Civil Veterinary Department. United Provinces 1912-22 - 1912-1922
Year: 1912
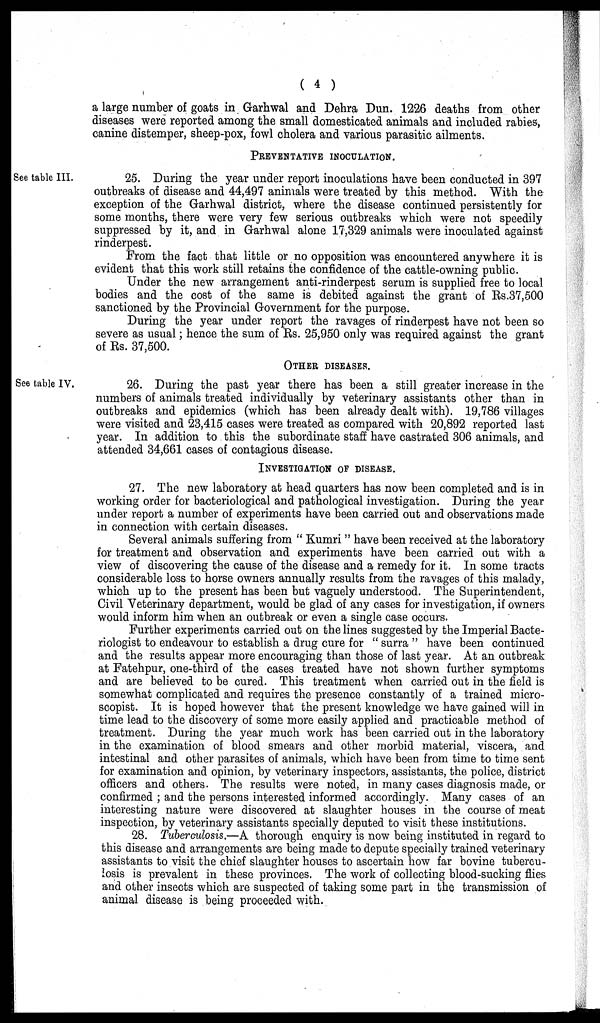
(4)
a large number of goats in Garhwal and Dehra Dun. 1226 deaths from other
diseases were reported among the small domesticated animals and included rabies,
canine distemper, sheep-pox, fowl cholera and various parasitic ailments.
PREVENTATIVE INOCULATION.
See table III.
25. During the year under report inoculations have been conducted in 397
outbreaks of disease and 44,497 animals were treated by this method. With the
exception of the Garhwal district, where the disease continued persistently for
some months, there were very few serious outbreaks which were not speedily
suppressed by it, and in Garhwal alone 17,329 animals were inoculated against
rinderpest.
From the fact that little or no opposition was encountered anywhere it is
evident that this work still retains the confidence of the cattle-owning public.
Under the new arrangement anti-rinderpest serum is supplied free to local
bodies and the cost of the same is debited against the grant of Rs.37,500
sanctioned by the Provincial Government for the purpose.
During the year under report the ravages of rinderpest have not been so
severe as usual; hence the sum of Rs. 25,950 only was required against the grant
of Rs. 37,500.
OTHER DISEASES.
See table IV.
26. During the past year there has been a still greater increase in the
numbers of animals treated individually by veterinary assistants other than in
outbreaks and epidemics (which has been already dealt with). 19,786 villages
were visited and 23,415 cases were treated as compared with 20,892 reported last
year. In addition to this the subordinate staff have castrated 306 animals, and
attended 34,661 cases of contagious disease.
INVESTIGATION OF DISEASE.
27. The new laboratory at head quarters has now been completed and is in
working order for bacteriological and pathological investigation. During the year
under report a number of experiments have been carried out and observations made
in connection with certain diseases.
Several animals suffering from "Kumri" have been received at the laboratory
for treatment and observation and experiments have been carried out with a
view of discovering the cause of the disease and a remedy for it. In some tracts
considerable loss to horse owners annually results from the ravages of this malady,
which up to the present has been but vaguely understood. The Superintendent,
Civil Veterinary department, would be glad of any cases for investigation, if owners
would inform him when an outbreak or even a single case occurs.
Further experiments carried out on the lines suggested by the Imperial Bacte-
riologist to endeavour to establish a drug cure for "surra" have been continued
and the results appear more encouraging than those of last year. At an outbreak
at Fatehpur, one-third of the cases treated have not shown further symptoms
and are believed to be cured. This treatment when carried out in the field is
somewhat complicated and requires the presence constantly of a trained micro-
scopist. It is hoped however that the present knowledge we have gained will in
time lead to the discovery of some more easily applied and practicable method of
treatment. During the year much work has been carried out in the laboratory
in the examination of blood smears and other morbid material, viscera, and
intestinal and other parasites of animals, which have been from time to time sent
for examination and opinion, by veterinary inspectors, assistants, the police, district
officers and others. The results were noted, in many cases diagnosis made, or
confirmed; and the persons interested informed accordingly. Many cases of an
interesting nature were discovered at slaughter houses in the course of meat
inspection, by veterinary assistants specially deputed to visit these institutions.
28. Tuberculosis.—A thorough enquiry is now being instituted in regard to
this disease and arrangements are being made to depute specially trained veterinary-
assistants to visit the chief slaughter houses to ascertain how far bovine tubercu-
losis is prevalent in these provinces. The work of collecting blood-sucking flies
and other insects which are suspected of taking some part in the transmission of
animal disease is being proceeded with.